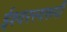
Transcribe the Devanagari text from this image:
ईश्वरस्वरूपी